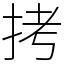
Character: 拷